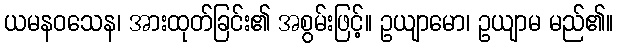
ယမနဝသေန၊ အားထုတ်ခြင်း၏ အစွမ်းဖြင့်။ ဥယျာမော၊ ဥယျာမ မည်၏။